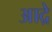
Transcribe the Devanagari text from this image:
आद्रे